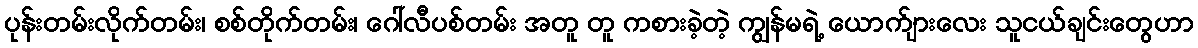
ပုန်းတမ်းလိုက်တမ်း၊ စစ်တိုက်တမ်း၊ ဂေါ်လီပစ်တမ်း အတူ တူ ကစားခဲ့တဲ့ ကျွန်မရဲ့ ယောက်ျားလေး သူငယ်ချင်းတွေဟာ